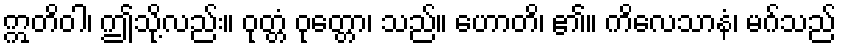
ဣတိဝါ၊ ဤသို့လည်း။ ဝုတ္တံ ဝုတ္တော၊ သည်။ ဟောတိ၊ ၏။ ကိလေသာနံ၊ မဂ်သည်